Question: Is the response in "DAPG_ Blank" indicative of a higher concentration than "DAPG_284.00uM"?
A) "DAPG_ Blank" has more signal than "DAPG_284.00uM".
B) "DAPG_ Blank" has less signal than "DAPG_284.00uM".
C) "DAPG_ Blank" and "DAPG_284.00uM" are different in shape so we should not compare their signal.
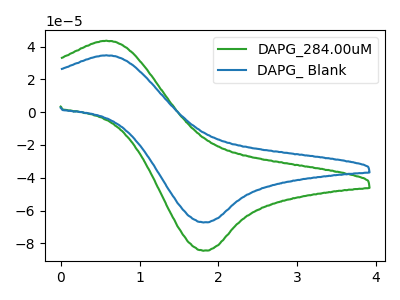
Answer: <think>The green curve "DAPG_284.00uM" has an anodic peak at (0.55V, 43.60uA) and a cathodic peak at (1.80V, -84.50uA). The blue curve "DAPG_ Blank" has an anodic peak at (0.55V, 34.70uA) and a cathodic peak at (1.80V, -67.25uA).
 All the peaks in "DAPG_ Blank" have a peak in "DAPG_284.00uM" at the same potential. Every peak in "DAPG_ Blank" is lower than every peak in "DAPG_284.00uM".</think>
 <answer>B) "DAPG_ Blank" has less signal than "DAPG_284.00uM".</answer>
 <eval>B</eval>